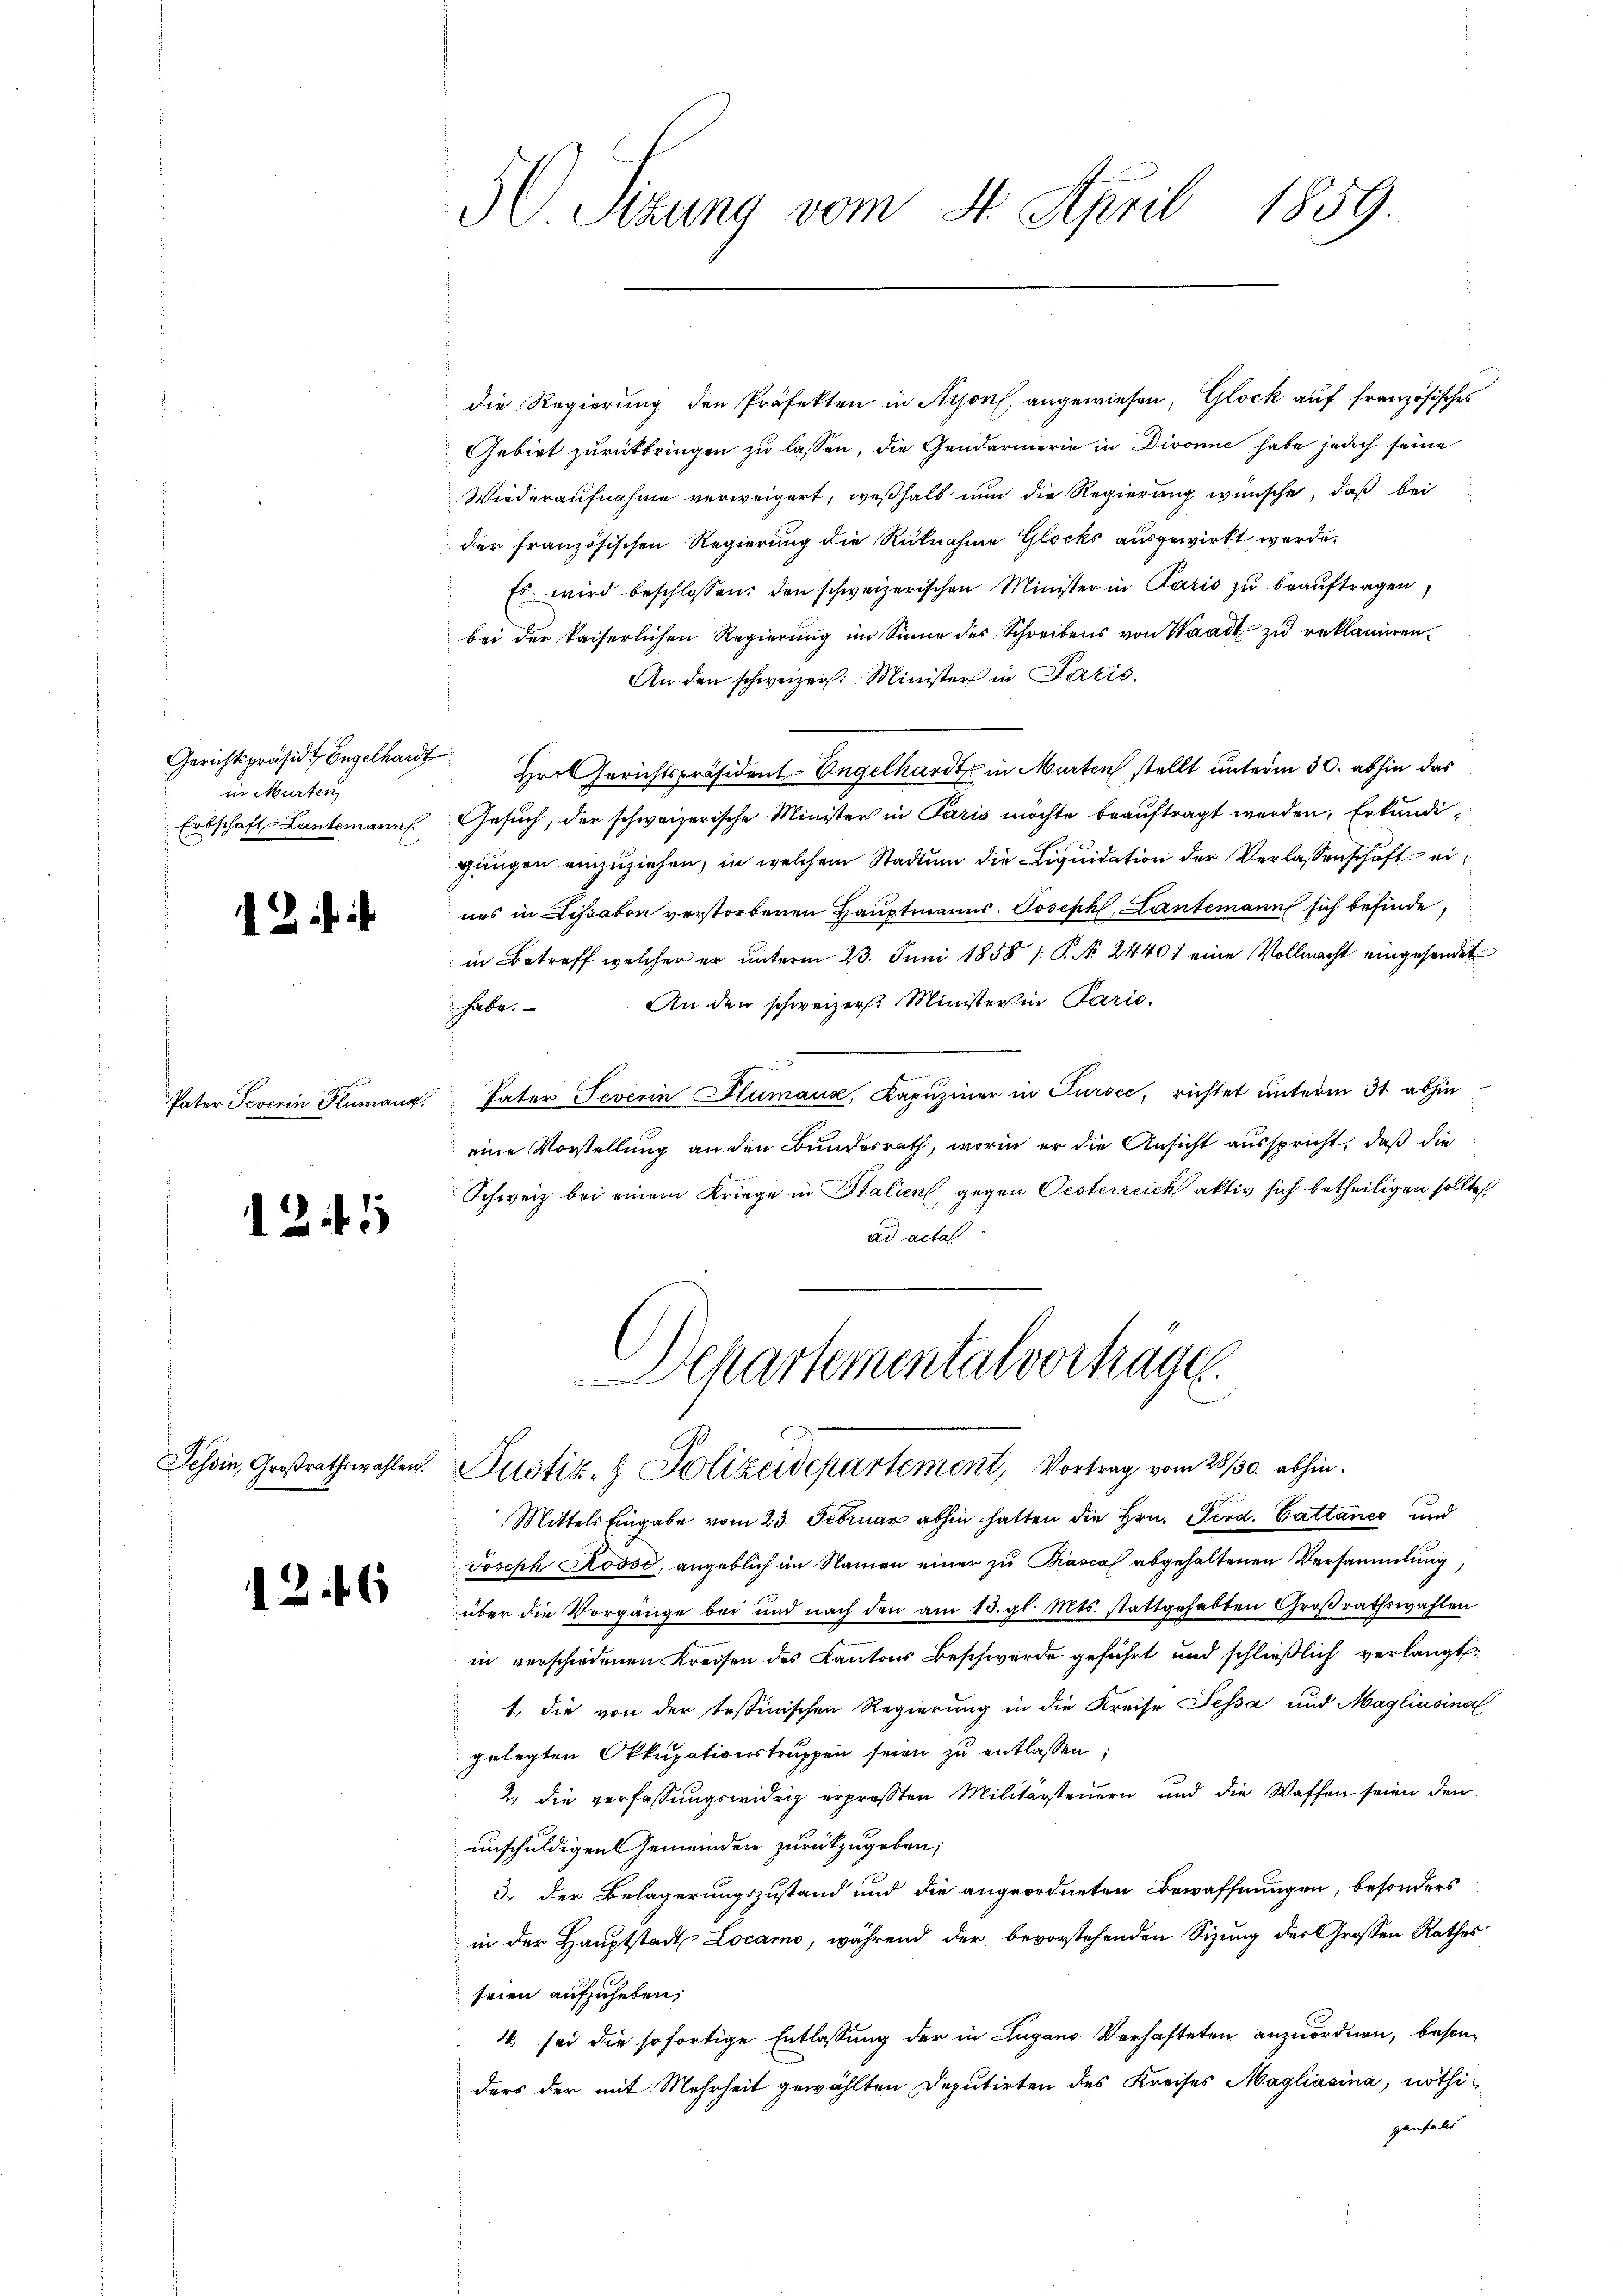
Gerichtspräsidit Engelhardt
in Murten
Erbschaft Lantemann

2

d 21

246

50 Sizung vom 4. April 1859.

die Regierung den Präfekten in Nyon, angewiesen, Glock auf französisches
Gebiet zurückbringen zu lassen, die Gendarmerie in Divonne habe jedoch seine
Wiederaufnahme verweigert, weßhalb nun die Regierung wünsche, daß bei
der französischen Regierung die Rüknahme Glocks ausgewirkt werde.
Es wird beschlossen: den schweizerischen Minister in Paris zŭ beaŭftragen,
bei der kaiserlichen Regierung im Sinne des Schreibens von Waadt zu reklamiren¬
An den schweizer. Minister in Lazić
Hr. Gerichtspräsident-Engelhardt in Murten stellt unterm 30. abhin das
Gesuch, der schweizerische Minister in Paris möchte beauftragt werden, Erkundigungen einzuziehen, in welchem Stadium die Liquidation der Verlassenschaft eines in Lissabon verstorbenen Hauptmanns Joseph Lantemann sich befinde,
in Betreff welcher er unterm 23. Juni 1858 /: P. Nr. 24401 eine Vollmacht eingesendet
An den schweizers Minister in Paris.
habe.
Pater Teverin Flumanz. Vater Teverin Humaux, Kapuziner in Sursee, richtet unterm 31 abhin
eine Vorstellung an den Bundesrath, worin er die Ansicht ausspricht, daß die
Schweiz bei einem Kriege in Italien, gegen Pesterreich aktiv sich betheiligen sollte
ad acta
Departemental vorträge.
¬

Schein, Großrathswahlen. Justiz- & Polizeidepartement, Vortrag vom 28/30. abhin.

Mittels Eingabe vom 23. Februar abhin hatten die Hrn. Ferd. Cattance und
Joseph Aovod, angeblich im Namen einer zu Biascal abgehaltenen Versammlung
über die Vorgänge bei und nach den am 13. gl. Mts. stattgehabten Großrathswahlen
in verschiedenen Kreisen des Kantons Beschwerde geführt und schließlich verlangt:
1., die von der tessinischen Regierung in die Kreise Tessa und Magliasinal
gelegten Okkupationstruppen seien zu entlassen;
2) die verfassungswidrig erpresten Militärsteuern und die Waffen seien den
unschuldigen Gemeinden zurückzugeben;
3.) Der Belagerungszustand und die angeordneten Bewaffnungen, besonders
in der Hauptstadt Locarno, während der bevorstehenden Sizung der Grossen Rathes
seien aufzuheben,
4. sei die sofortige Entlassung der in Lugano Verhafteten anzuordnen, besonders der mit Mehrheit gewählten Deputirten des Kreises Magliasina, nöthi-
genfalls